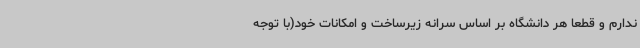
ندارم و قطعاً هر دانشگاه بر اساس سرانه زیرساخت و امکانات خود(با توجه